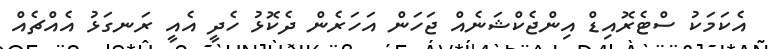
އެކަމަކު ސްޓެރޮއިޑް އިންޖެކްޝަނެއް ޖަހަން އަހަރެން ދެކޮޅު ހެދީ އެއީ ރަނގަޅު އެއްޗެއް